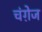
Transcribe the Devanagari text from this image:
चंगे़ज